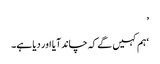
’
‘ہم کہیں گے کہ چاند آیا اور دیا ہے۔